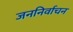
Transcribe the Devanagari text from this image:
जननिर्वाचन